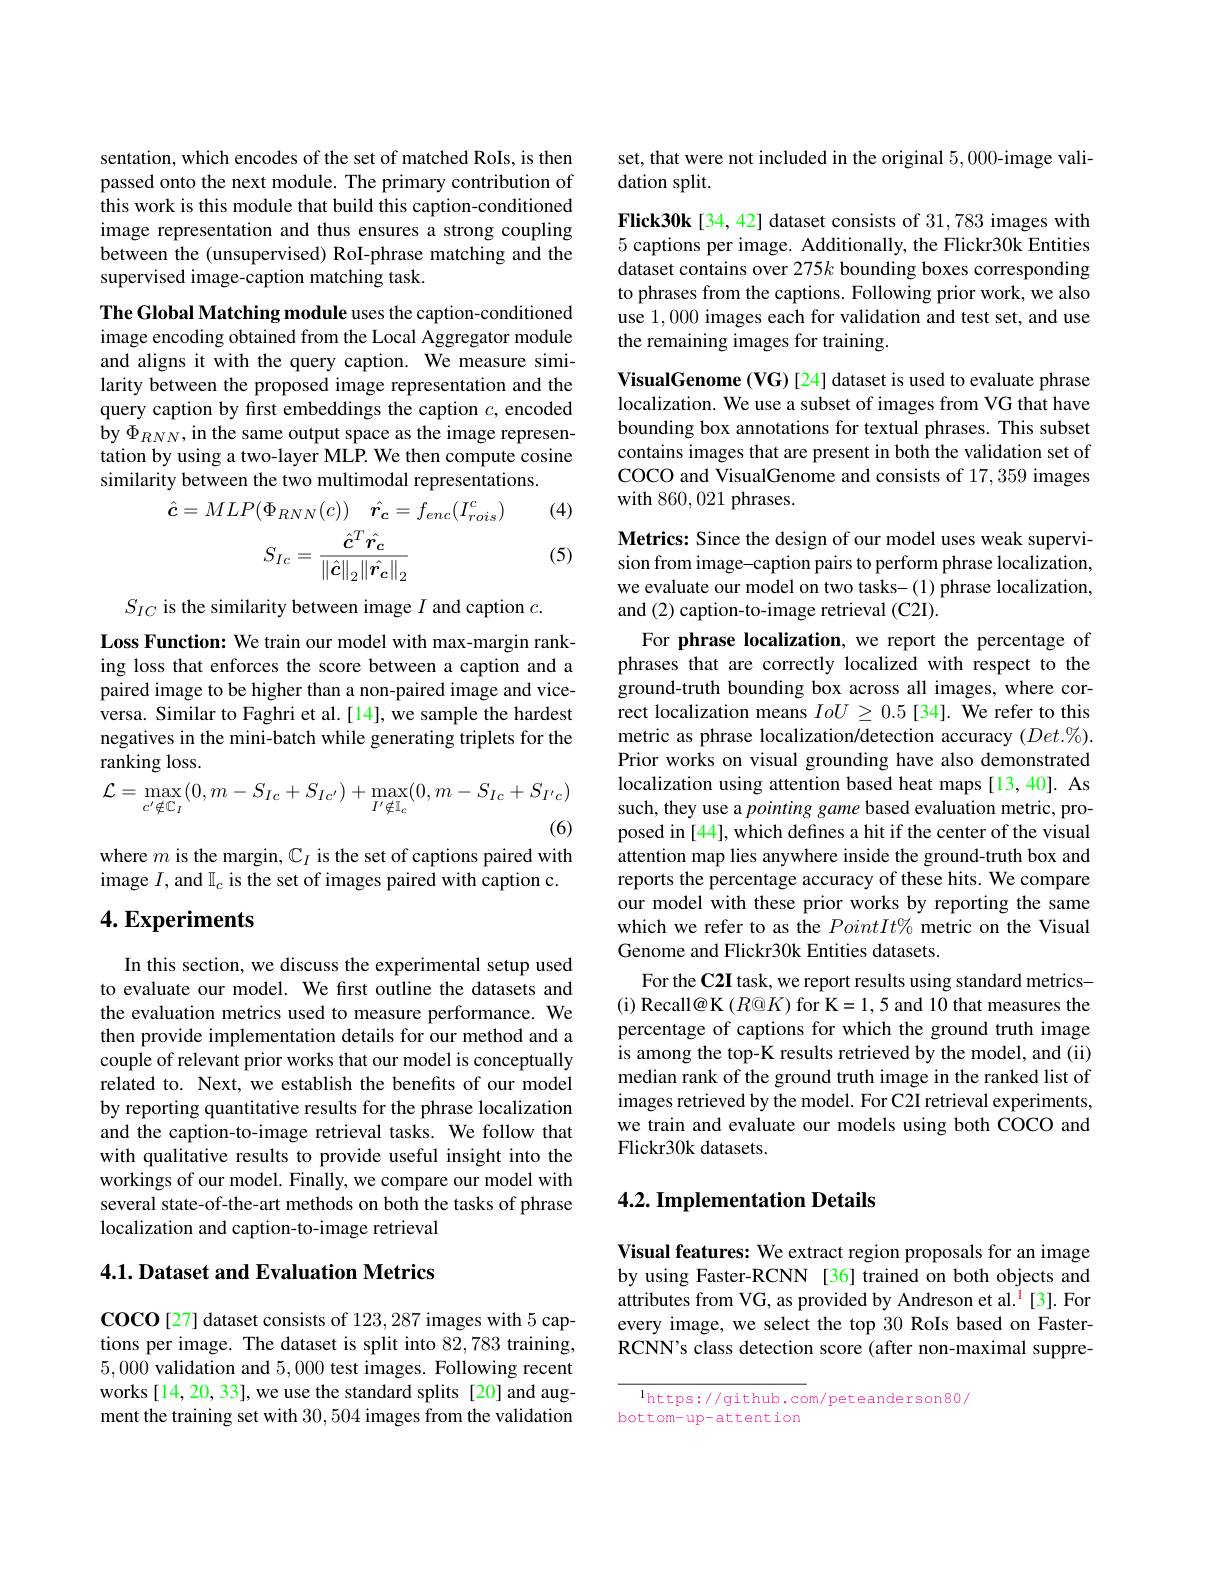
sentation, which encodes of the set of matched RoIs, is then passed onto the next module. The primary contribution of this work is this module that build this caption-conditioned image representation and thus ensures a strong coupling between the (unsupervised) RoI-phrase matching and the supervised image-caption matching task.

The Global Matching module uses the caption-conditioned image encoding obtained from the Local Aggregator module and aligns it with the query caption. We measure similarity between the proposed image representation and the query caption by first embeddings the caption $c$, encoded by $\Phi_{RNN}$, in the same output space as the image representation by using a two-layer MLP. We then compute cosine similarity between the two multimodal representations.
(4)
$$\hat{\boldsymbol{c}}=MLP(\Phi_{RNN}(c))\quad\hat{\boldsymbol{r}}_{\boldsymbol{c}}=f_{enc}(I_{rois}^{c})\\S_{Ic}=\frac{\hat{c}^{T}\hat{r_{c}}}{\|\hat{c}\|_{2}\|\hat{r_{c}}\|_{2}}$$
(5)

$S_{IC}$ is the similarity between image $I$ and caption $c.$
Loss Function: We train our model with max-margin ranking loss that enforces the score between a caption and a paired image to be higher than a non-paired image and viceversa. Similar to Faghri et al.[14], we sample the hardest negatives in the mini-batch while generating triplets for the ranking loss.
$$\mathcal{L}=\max_{c'\notin\mathbb{C}_{I}}(0,m-S_{Ic}+S_{Ic'})+\max_{I'\notin\mathbb{I}_{c}}(0,m-S_{Ic}+S_{I'c})$$
(6)

where $m$ is the margin, $\mathbb{C}_I$ is the set of captions paired with image $I$, and $\mathbb{I}_c$ is the set of images paired with caption c.

## $4. \textbf{Experiments}$

In this section, we discuss the experimental setup used to evaluate our model. We first outline the datasets and the evaluation metrics used to measure performance. We then provide implementation details for our method and a couple of relevant prior works that our model is conceptually related to. Next, we establish the benefits of our model by reporting quantitative results for the phrase localization and the caption-to-image retrieval tasks. We follow that with qualitative results to provide useful insight into the workings of our model. Finally, we compare our model with several state-of-the-art methods on both the tasks of phrase localization and caption-to-image retrieval

## $4. 1. \textbf{Dataset and Evaluation Metrics}$

$\operatorname{COCO}$[27] dataset consists of 123, 287 images with 5 captions per image. The dataset is split into 82,783 training, 5,000 validation and 5,000 test images. Following recent works [14,20,33], we use the standard splits [20] and augment the training set with 30,504 images from the validation

set, that were not included in the original 5,000-image vali-
dation split.

Flick30k[34, 42] dataset consists of 31,783 images with 5 captions per image. Additionally, the Flickr30k Entities dataset contains over 275k bounding boxes corresponding to phrases from the captions. Following prior work, we also use 1,000 images each for validation and test set, and use the remaining images for training.

VisualGenome (VG)[24] dataset is used to evaluate phrase localization. We use a subset of images from VG that have bounding box annotations for textual phrases. This subset contains images that are present in both the validation set of COCO and VisualGenome and consists of 17,359 images with 860,021 phrases.

Metrics: Since the design of our model uses weak supervision from image-caption pairs to perform phrase localization, we evaluate our model on two tasks-(1) phrase localization, and (2) caption-to-image retrieval (C2I).

For phrase localization, we report the percentage of phrases that are correctly localized with respect to the ground-truth bounding box across all images, where correct localization means $IoU\geq0.5[34].$ We refer to this metric as phrase localization/detection accuracy $(Det.\%).$ Prior works on visual grounding have also demonstrated localization using attention based heat maps [13,40]. As such, they use a pointing game based evaluation metric, proposed in [44], which defines a hit if the center of the visual attention map lies anywhere inside the ground-truth box and reports the percentage accuracy of these hits. We compare our model with these prior works by reporting the same which we refer to as the $PointIt\%$ metric on the Visual Genome and Flickr30k Entities datasets.
For the C2I task, we report results using standard metrics- ( i) Recall@ K$\left ( R@ K\right )$for K=1,5 and 10 that measures the percentage of captions for which the ground truth image is among the top-K results retrieved by the model, and (ii) median rank of the ground truth image in the ranked list of images retrieved by the model. For C2I retrieval experiments, we train and evaluate our models using both COCO and Flickr30k datasets.

## 4.2. Implementation Details

Visual features: We extract region proposals for an image by using Faster-RCNN [36] trained on both objects and attributes from VG, as provided by Andreson et al.$^{\color{red}1}[3].$ For every image, we select the top 30 RoIs based on FasterRCNN's class detection score (after non-maximal suppre-

$^{\mathrm{l}}$https://github.com/peteanderson80/
bottom-up-attention